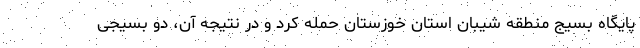
پایگاه بسیج منطقه شیبان استان خوزستان حمله کرد و در نتیجه آن، دو بسیجی